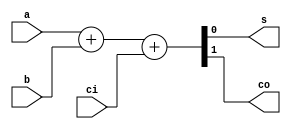
module adder(
input wire a,
input wire b,
input wire ci,
output reg s,
output reg co
);
	
	always @ (*)
		{co, s} = a + b + ci;

endmodule